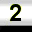
Digit: 2